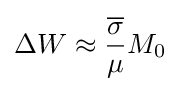
\Delta W\approx {\frac {\overline {\sigma }}{\mu }}M_{0}